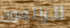
الرائعون